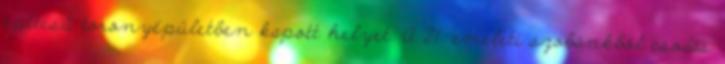
építésű toronyépületben kapott helyet. A 21. emeleti szobánkból csodás